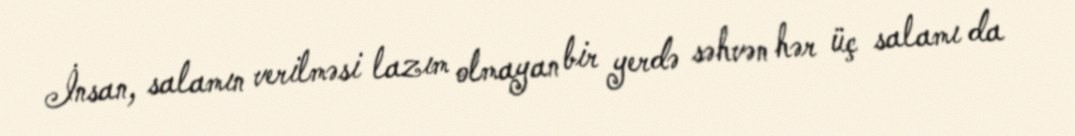
İnsan, salamın verilməsi lazım olmayan bir yerdə səhvən hər üç salamı da